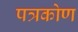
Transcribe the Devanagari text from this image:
पत्रकोण